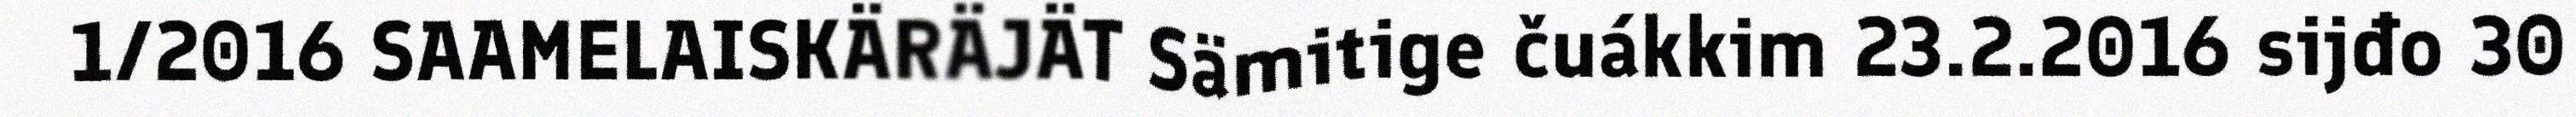
1/2016 SAAMELAISKÄRÄJÄT Sämitige čuákkim 23.2.2016 sijđo 30